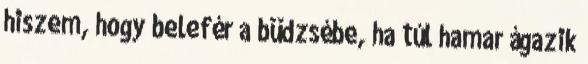
hiszem, hogy belefér a büdzsébe, ha túl hamar ágazik